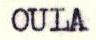
OULA